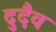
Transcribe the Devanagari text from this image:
दुदैव